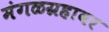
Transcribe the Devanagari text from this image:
मंगळग्रहावर